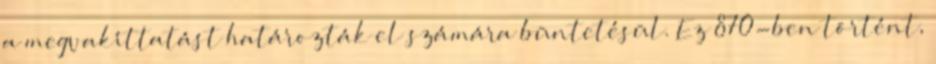
a megvakíttatást határozták el számára büntetésül. Ez 870-ben történt,